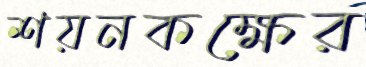
শয়নকক্ষের